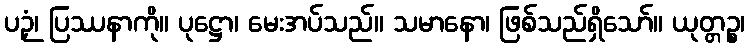
ပဉှံ၊ ပြဿနာကို။ ပုဋ္ဌော၊ မေးအပ်သည်။ သမာနော၊ ဖြစ်သည်ရှိသော်။ ယုတ္တဉ္စ၊